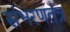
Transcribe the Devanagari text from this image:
संभरणतंत्र